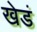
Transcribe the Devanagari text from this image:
खेडं